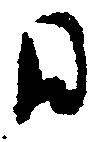
日